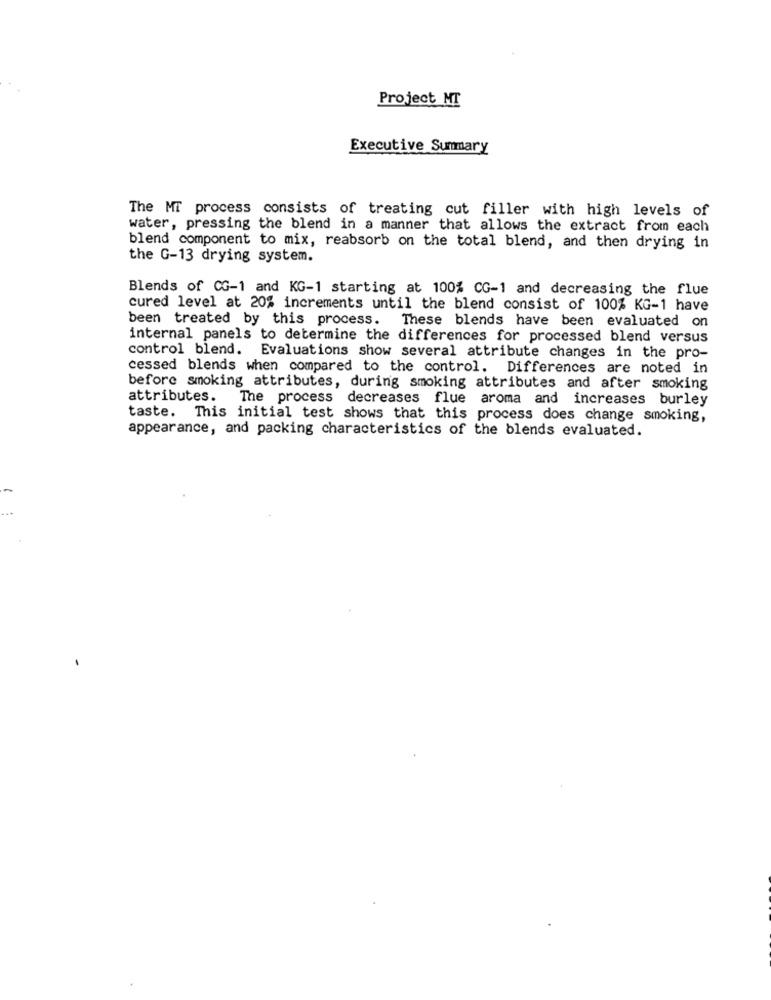
Project MT
Executive Summary
The MT process consists of treating cut filler with high levels of
water, pressing the blend in a manner that allows the extract from each
blend component to mix, reabsorb on the total blend, and then drying in
the G-13 drying system.
Blends of CG-1 and KG-1 starting at 100% CG-1 and decreasing the flue
cured level at 20% increments until the blend consist of 100% KG-1 have
been treated by this process.
These blends have been evaluated on
internal panels to determine the differences for processed blend versus
control blend. Evaluations show several attribute changes in the pro-
cessed blends when compared to the control. Differences are noted in
before smoking attributes, during smoking attributes and after smoking
attributes. The process decreases flue aroma and increases burley
taste. This initial test shows that this process does change smoking,
appearance, and packing characteristics of the blends evaluated.
-